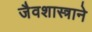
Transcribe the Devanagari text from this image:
जैवशास्त्राने